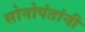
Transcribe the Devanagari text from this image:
सोनोपंतांनी